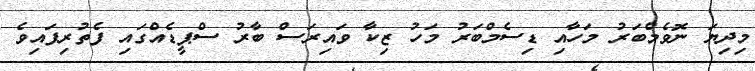
މިދިޔަ ނޮވެމްބަރު މަހާއި ޑިސެމްބަރު މަހު ޒިކާ ވައިރަސް ބާރު ސްޕީޑެއްގައި ފެތުރިފައިވެ